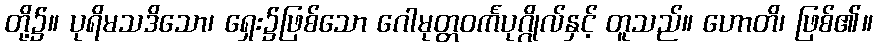
တို့၌။ ပုရိမသဒိသော၊ ရှေး၌ဖြစ်သော ဂေါမုတ္တဝင်္ကပုဂ္ဂိုလ်နှင့် တူသည်။ ဟောတိ၊ ဖြစ်၏။